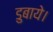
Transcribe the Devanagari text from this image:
डुबाये।